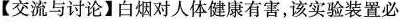
【交流与讨论】白烟对人体健康有害，该实验装置必